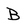
Character: B